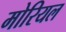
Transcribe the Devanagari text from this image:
मोरियल